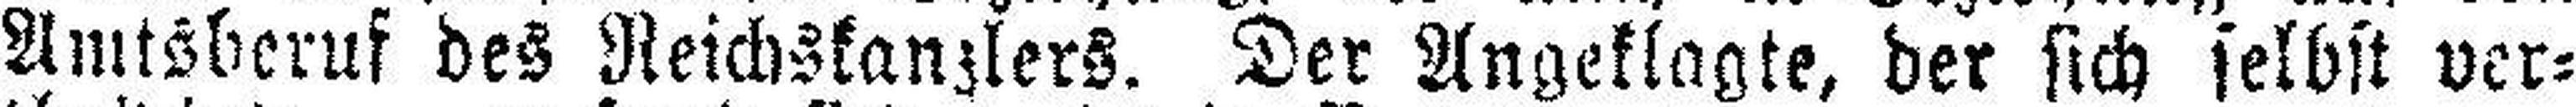
Amtsberuf des Reichskanzlers. Der Angeklagte, der sich selbst ver¬